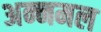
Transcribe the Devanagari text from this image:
अन्नमल